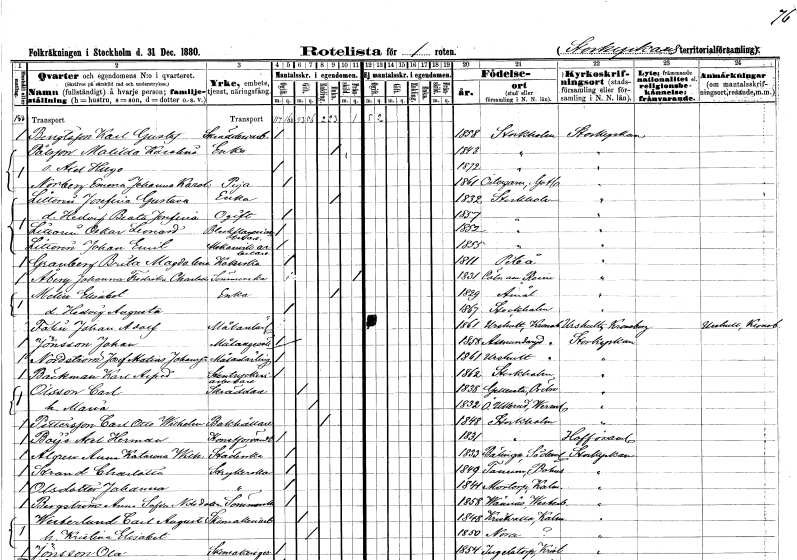
gt_parse: households: individuals: FN: Karl Gustaf
EN: Bengtsson
YRKE: Skrädderiarbetare
KON: M
CIV: O
FODAR: 1858
FODFORS: Stockholm
FN: Matilda Karolina
EN: Pålsson
YRKE: Änka
KON: K
CIV: E
FODAR: 1843
FODFORS: Stockholm
FN: Axel Hugo
KON: M
CIV: O
FODAR: 1872
FODFORS: Stockholm
FN: Emma Johanna Karolina
EN: Norberg
YRKE: Piga
KON: K
CIV: O
FODAR: 1861
FODFORS: Östergarn Gotlands län
FN: Josefina Gustava
EN: Littorin
YRKE: Änka
KON: K
CIV: E
FODAR: 1832
FODFORS: Stockholm
FN: Hedvig Beata Josefina
KON: K
CIV: O
FODAR: 1857
FODFORS: Stockholm
FN: Oskar Leonard
EN: Littorin
YRKE: Bleckslageriarbetare
KON: M
CIV: O
FODAR: 1852
FODFORS: Stockholm
FN: Johan Emil
EN: Littorin
YRKE: Mekanikerarbetare
KON: M
CIV: O
FODAR: 1855
FODFORS: Stockholm
FN: Brita Magdalena
EN: Granberg
YRKE: Kokerska
KON: K
CIV: O
FODAR: 1811
FODFORS: Piteå Norrbottens län
FN: Johanna Fredrika Charlotta
EN: Åberg
YRKE: Sömmerska
KON: K
CIV: X
FODAR: 1831
FN: Elisabet
EN: Melin
YRKE: Änka
KON: K
CIV: E
FODAR: 1829
FODFORS: Åmål Älvsborgs län
FN: Hedvig Augusta
KON: K
CIV: O
FODAR: 1867
FODFORS: Stockholm
FN: Johan Adolf
EN: Falin
YRKE: Målarelärling
KON: M
CIV: O
FODAR: 1861
FODFORS: Urshult Kronobergs län
FN: Johan
EN: Jönsson
YRKE: Målaregesäll
KON: M
CIV: O
FODAR: 1858
FODFORS: Almundsryd Kronobergs län
FN: Josef Matias
EN: Nordström Johansson
YRKE: Målarelärling
KON: M
CIV: O
FODAR: 1861
FODFORS: Urshult Kronobergs län
FN: Karl Alfred
EN: Bäckman
YRKE: Stentryckeriarbetare
KON: M
CIV: O
FODAR: 1862
FODFORS: Stockholm
FN: Carl
EN: Olsson
YRKE: Skräddare
KON: M
CIV: G
FODAR: 1838
FODFORS: Gällersta Örebro län
FN: Maria
KON: K
CIV: G
FODAR: 1832
FODFORS: Övre Ullerud Värmlands län
FN: Carl Otto Wilhelm
EN: Pettersson
YRKE: Bokhållare
KON: M
CIV: E
FODAR: 1848
FODFORS: Stockholm
FN: Axel Herman
EN: Boÿe
YRKE: Konstförvandt
KON: M
CIV: O
FODAR: 1831
FODFORS: Stockholm
FN: Anna Katarina Wilhelmina
EN: Algren
YRKE: Städerska
KON: K
CIV: O
FODAR: 1833
FODFORS: Bälinge Södermanlands län
FN: Charlotta
EN: Strand
YRKE: Strykerska
KON: K
CIV: O
FODAR: 1849
FODFORS: Tanum Göteborgs och Bohuslän
FN: Johanna
EN: Olsdotter
YRKE: Strykerska
KON: K
CIV: O
FODAR: 1841
FODFORS: Mortorp Kalmar län
FN: Anna Sofia
EN: Bergström Nilsdotter
YRKE: Sömmerska
KON: K
CIV: O
FODAR: 1858
FODFORS: Vännäs Västerbottens län
FN: Carl August
EN: Westerlund
YRKE: Skomakeriarbetare
KON: M
CIV: G
FODAR: 1848
FODFORS: Kristvalla Kalmar län
FN: Kristina Elisabet
KON: K
CIV: G
FODAR: 1850
FODFORS: Nora stadsförsamling Örebro län